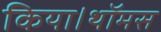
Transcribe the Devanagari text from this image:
किया।थॉमस